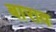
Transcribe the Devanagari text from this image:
बाराव